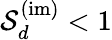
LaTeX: {\cal S}_{d}^{(\mathrm{im)}}<1